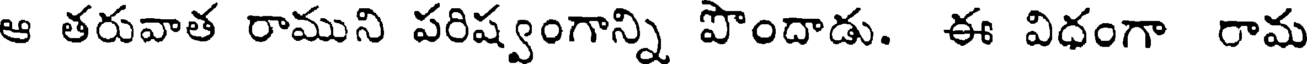
ఆ తరువాత రాముని పరిష్వంగాన్ని పొందాడు. ఈ విధంగా రామ